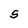
Character: S